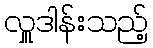
လှူဒါန်းသည့်